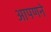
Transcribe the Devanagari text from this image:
आपणने